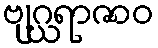
ဗျဂ္ဃရာဇာဝ